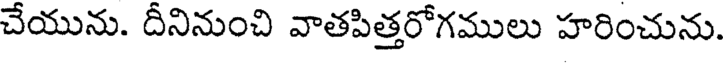
చేయును. దీనినుంచి వాతపిత్తరోగములు హరించును.